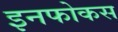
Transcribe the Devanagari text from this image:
इनफोकस